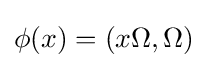
\phi (x)=(x\Omega ,\Omega )